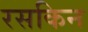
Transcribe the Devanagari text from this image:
रसकिन